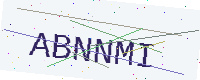
Text: ABNNMI